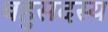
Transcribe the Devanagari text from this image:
बहुसदस्य